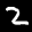
Label: 2